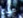
هذه